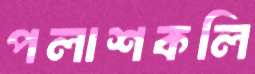
পলাশকলি